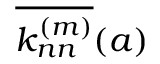
\overline { { k _ { n n } ^ { ( m ) } } } ( a )